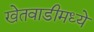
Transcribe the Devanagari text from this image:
खेतवाडीमध्ये